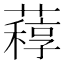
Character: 𦽑